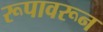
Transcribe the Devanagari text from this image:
रूपावरून